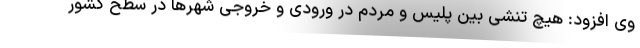
وی افزود: هیچ تنشی بین پلیس و مردم در ورودی و خروجی شهرها در سطح کشور